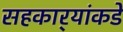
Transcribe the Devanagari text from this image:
सहकार्‍यांकडे